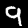
Digit: 9